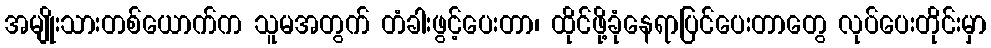
အမျိုးသားတစ်ယောက်က သူမအတွက် တံခါးဖွင့်ပေးတာ၊ ထိုင်ဖို့ခုံနေရာပြင်ပေးတာတွေ လုပ်ပေးတိုင်းမှာ